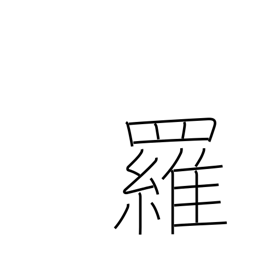
Meaning: gauze